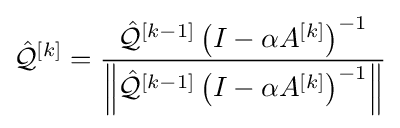
{\hat {\mathcal {Q}}}^{[k]}={\frac {{\hat {\mathcal {Q}}}^{[k-1]}\left(I-\alpha A^{[k]}\right)^{-1}}{\left\|{\hat {\mathcal {Q}}}^{[k-1]}\left(I-\alpha A^{[k]}\right)^{-1}\right\|}}